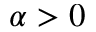
\alpha > 0